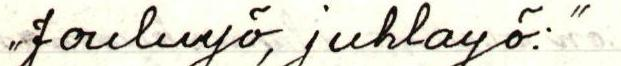
"Jouluyö, juhlayö:"